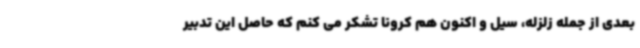
بعدی از جمله زلزله، سیل و اکنون هم کرونا تشکر می کنم که حاصل این تدبیر